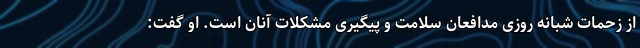
از زحمات شبانه روزی مدافعان سلامت و پیگیری مشکلات آنان است. او گفت: